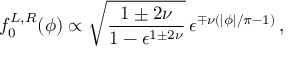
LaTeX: f _ { 0 } ^ { L , R } ( \phi ) \propto \sqrt { \frac { 1 \pm 2 \nu } { 1 - \epsilon ^ { 1 \pm 2 \nu } } } \, \epsilon ^ { \mp \nu ( | \phi | / \pi - 1 ) } \, ,